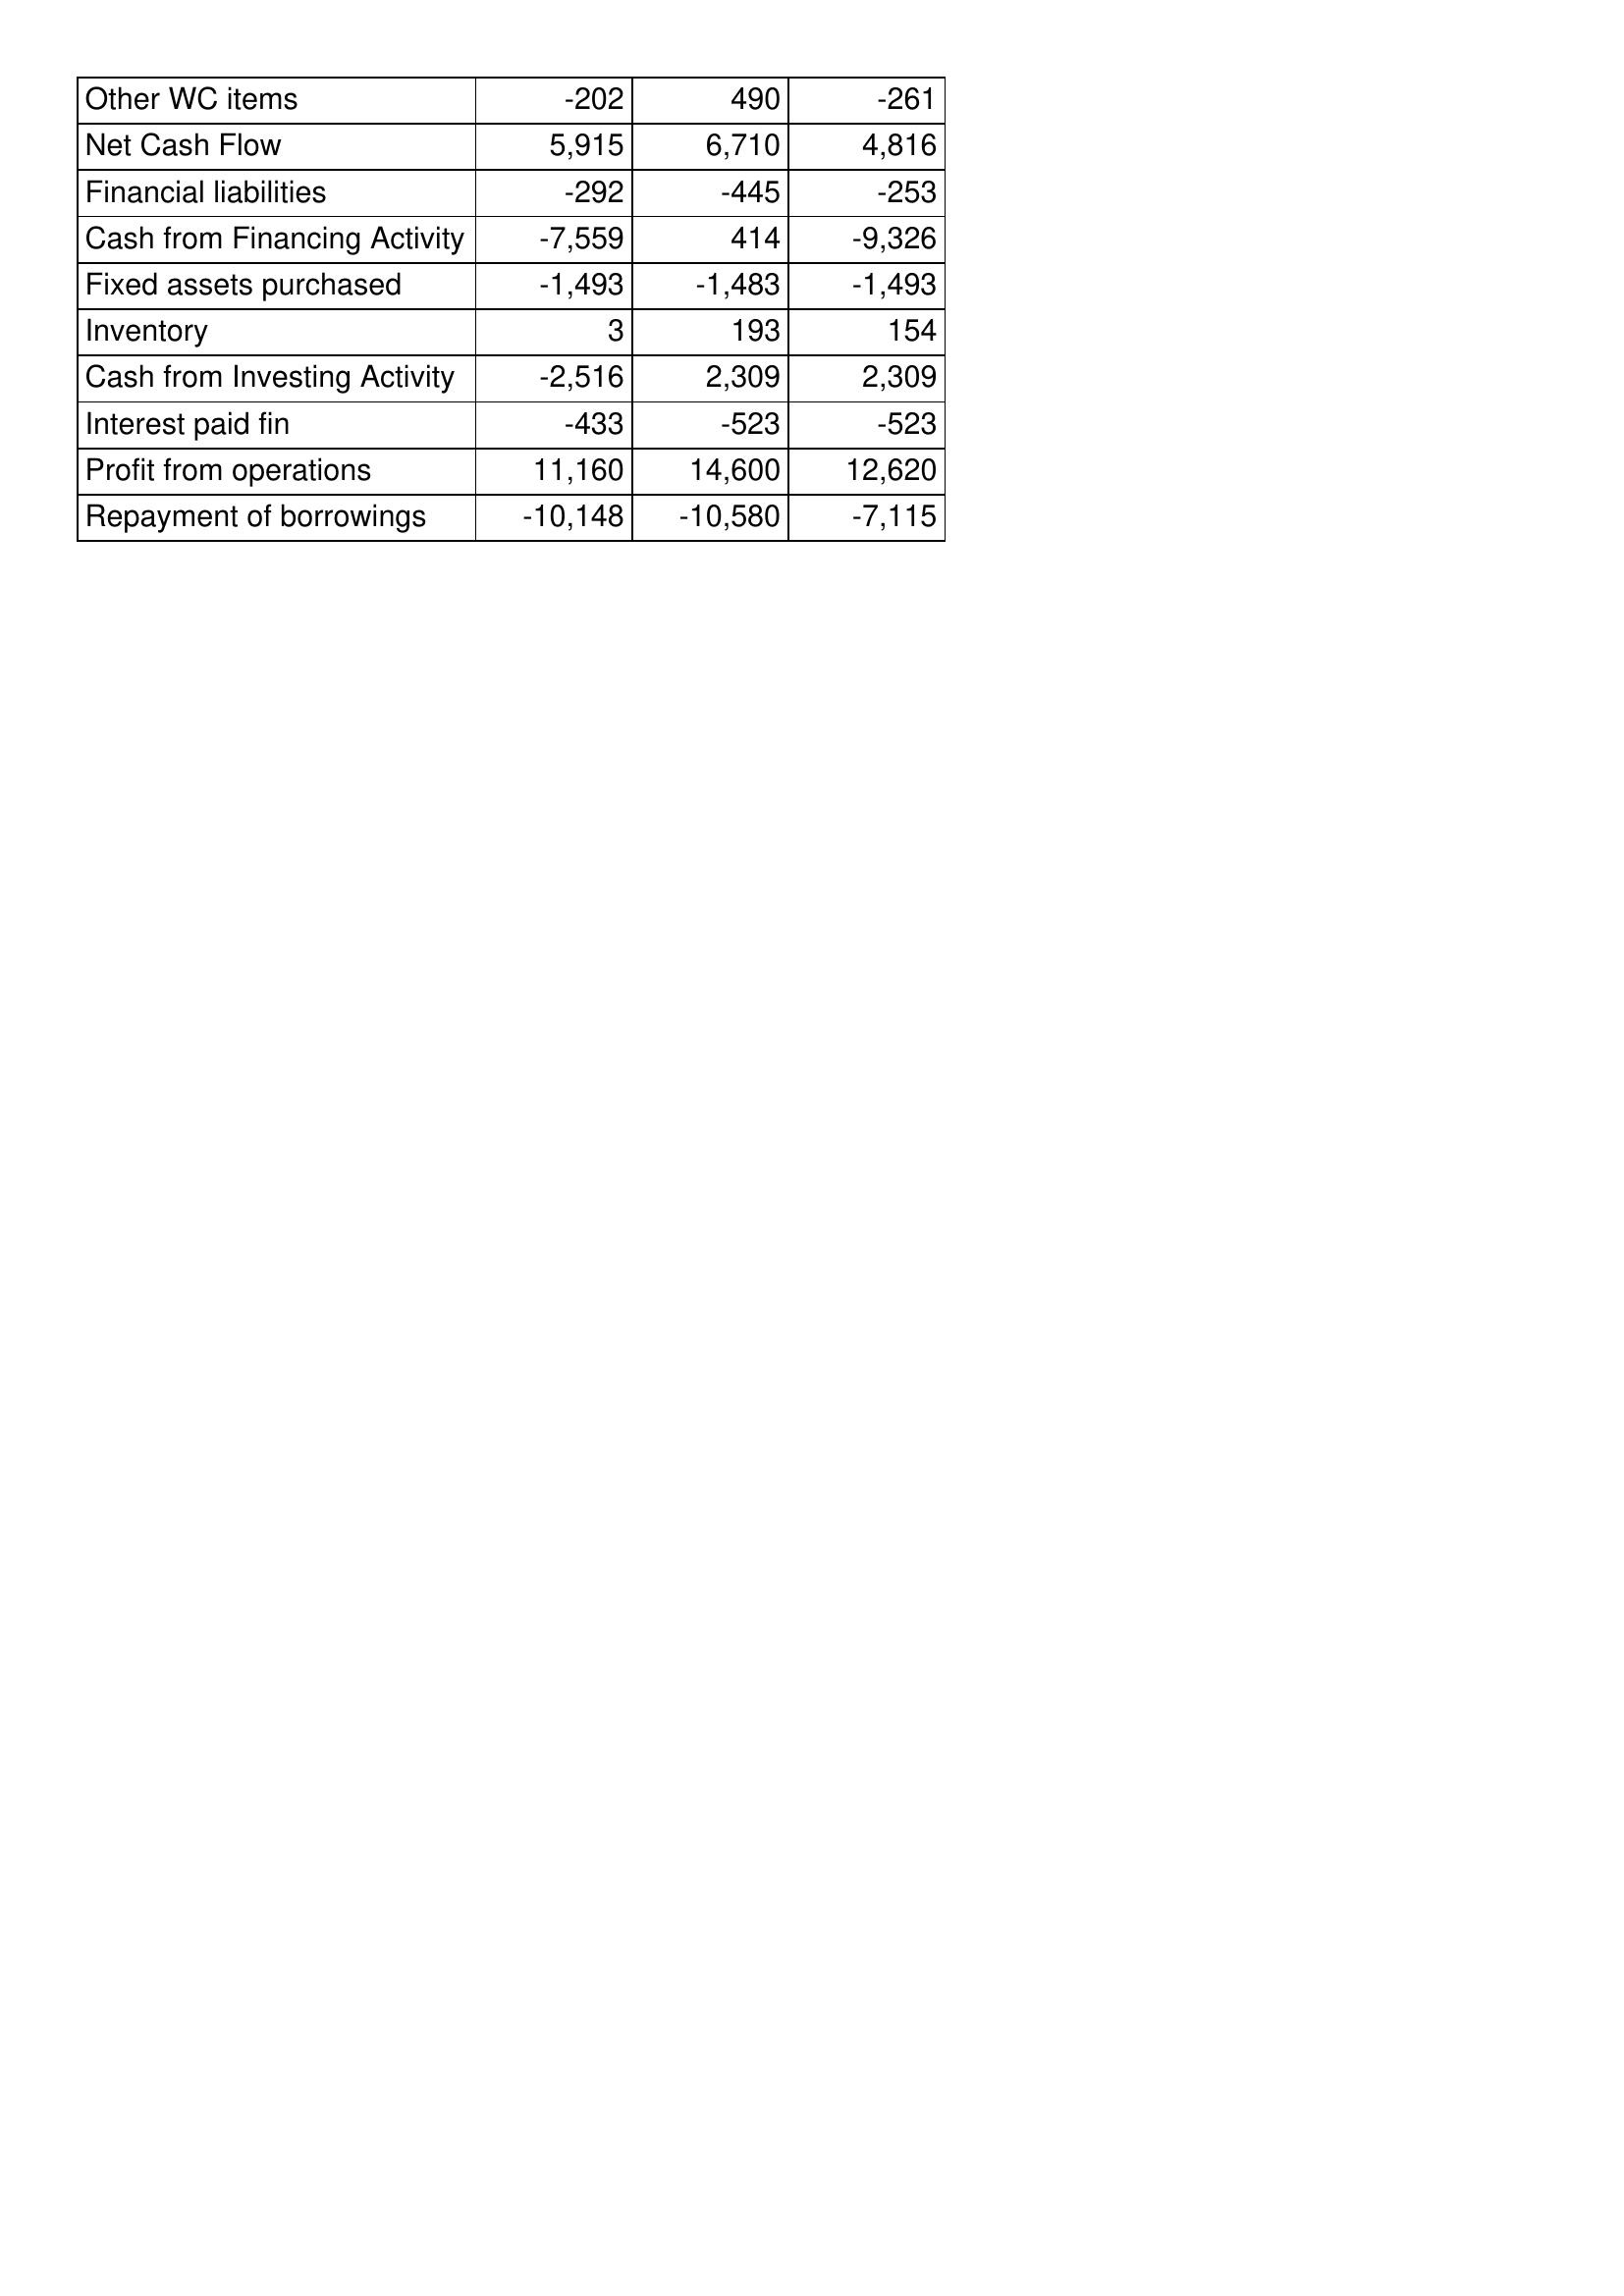
Oct-16: Cash Flows: Other WC items: -202
Net Cash Flow: 5,915
Financial liabilities: -292
Cash from Financing Activity: -7,559
Fixed assets purchased: -1,493
Inventory: 3
Cash from Investing Activity: -2,516
Interest paid fin: -433
Profit from operations: 11,160
Repayment of borrowings: -10,148
Oct-15: Cash Flows: Other WC items: 490
Net Cash Flow: 6,710
Financial liabilities: -445
Cash from Financing Activity: 414
Fixed assets purchased: -1,483
Inventory: 193
Cash from Investing Activity: 2,309
Interest paid fin: -523
Profit from operations: 14,600
Repayment of borrowings: -10,580
Oct-14: Cash Flows: Other WC items: -261
Net Cash Flow: 4,816
Financial liabilities: -253
Cash from Financing Activity: -9,326
Fixed assets purchased: -1,493
Inventory: 154
Cash from Investing Activity: 2,309
Interest paid fin: -523
Profit from operations: 12,620
Repayment of borrowings: -7,115